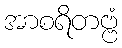
အာစရိတဗ္ဗံ